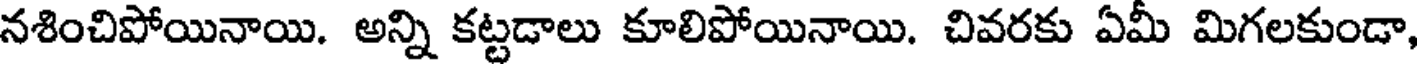
నశించిపోయినాయి. అన్ని కట్టడాలు కూలిపోయినాయి. చివరకు ఏమీ మిగలకుండా,